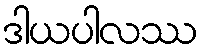
ဒါယပါလဿ